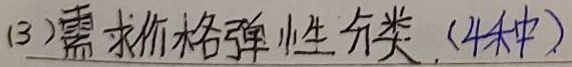
(3)需求价格弹性分类（4种）